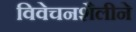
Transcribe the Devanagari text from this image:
विवेचनशैलीने